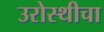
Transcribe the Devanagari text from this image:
उरोस्थीचा